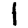
Digit: 1